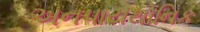
અનપાયથોનિક